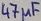
Text: 47µF